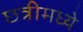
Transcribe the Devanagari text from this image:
छत्रीमध्ये